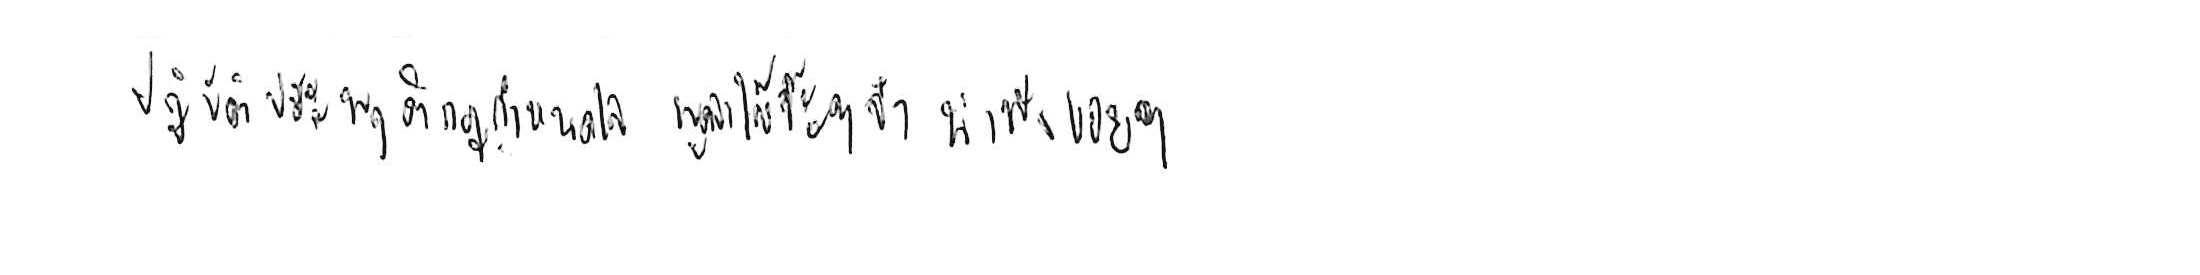
ปฏิบัติประพฤติกฎกำหนดใจ พูดจาให้จ๊ะๆ จ๋า น่าฟังเอยฯ